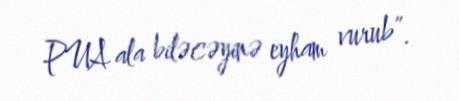
PUA ala biləcəyinə eyham vurub”.